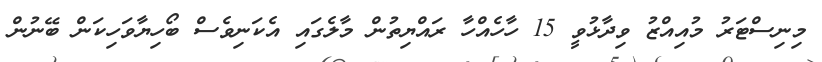
މިނިސްޓަރު މުއިއްޒު ވިދާޅުވީ 15 ހާހެއްހާ ރައްޔިތުން މާލެގައި އެކަނިވެސް ބޯހިޔާވަހިކަން ބޭނުން